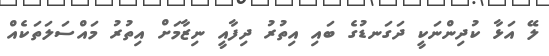
ލޭ އަޅާ ކުދިންނަކީ ދަގަނޑުގެ ބައި އިތުރު ދިފާއީ ނިޒާމަށް އިތުރު މައްސަލަތަކެއް